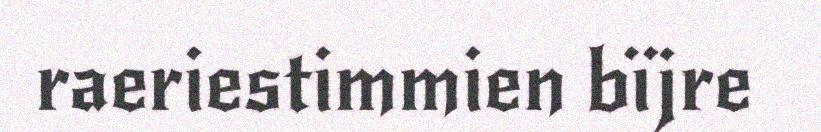
raeriestimmien bïjre